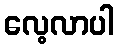
လေ့လာပါ